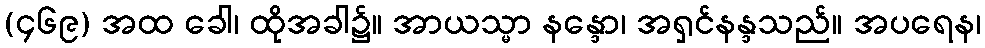
(၄၆၉) အထ ခေါ၊ ထိုအခါ၌။ အာယသ္မာ နန္ဒော၊ အရှင်နန္ဒသည်။ အပရေန၊